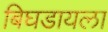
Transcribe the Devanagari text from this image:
बिघडायला